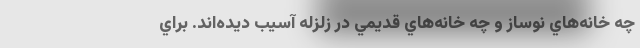
چه خانه‌هاي نوساز و چه خانه‌هاي قديمي در زلزله آسيب ديده‌اند. براي